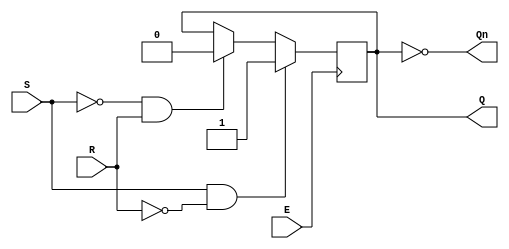
module gated_sr_latch (
    input wire S,      // Set input
    input wire R,      // Reset input
    input wire E,      // Enable input
    output reg Q,      // Primary output
    output wire Qn     // Complementary output (Q')
);

// Assign the complementary output
assign Qn = ~Q;

// Always block to implement the gated SR latch behavior
always @ (posedge E) begin
    if (S && ~R) begin
        Q <= 1'b1;    // Set state
    end else if (~S && R) begin
        Q <= 1'b0;    // Reset state
    end else if (~S && ~R) begin
        // Retain previous state (memory state)
        // No assignment needed here as Q retains its previous value
    end else if (S && R) begin
        // Invalid state, handle accordingly if needed
        // For simulation purposes, we can leave it undefined or set some default behavior
        // Q <= Q; // No change, for clarity, but typically this condition should be avoided
    end
end

endmodule